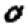
Digit: 0